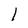
Character: 1